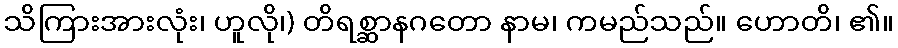
သိကြားအားလုံး၊ ဟူလို၊) တိရစ္ဆာနဂတော နာမ၊ ကမည်သည်။ ဟောတိ၊ ၏။